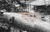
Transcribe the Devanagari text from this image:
वडास